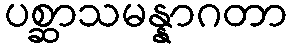
ပစ္ဆာသမန္နာဂတာ